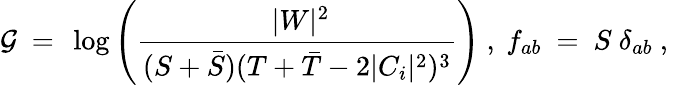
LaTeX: {\cal G}~=~\log\left(\frac{~|W|^{2}}{(S+{\bar{S}})(T+{\bar{T}}-2|C_{i}|^{2})^{3}}\right)~,~f_{ab}~=~S~\delta_{ab}~,~